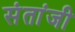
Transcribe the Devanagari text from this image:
संतांजी